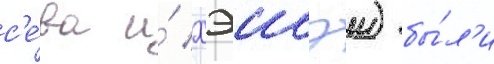
с'е́ва и́ хэисэи) бы́л'и